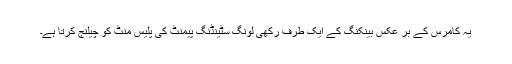
یہ کامرس کے بر عکس بینکنگ کے ایک طرف رکھی لونگ سٹینڈنگ پیمنٹ کی پلیس منٹ کو چیلنج کرتا ہے۔